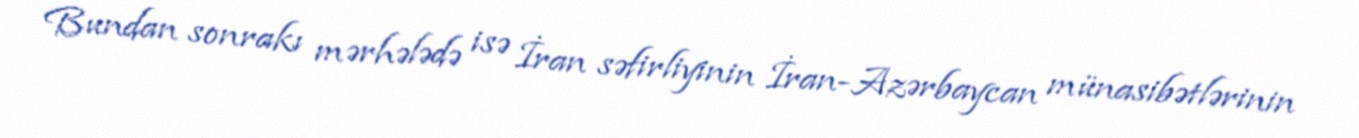
Bundan sonrakı mərhələdə isə İran səfirliyinin İran-Azərbaycan münasibətlərinin